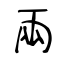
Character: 兩